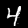
Digit: 4